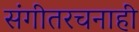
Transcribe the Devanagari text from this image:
संगीतरचनाही